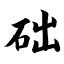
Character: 础